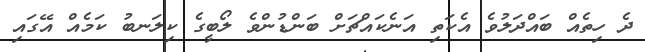
ދެ ހިތެއް ބައްދަލުވެ އެކަތި އަނެކައްޗަށް ބަންޑުންވެ ލޯބީގެ ކިލަނބު ކަމެއް އޭގައި